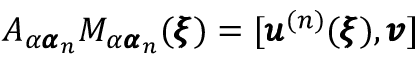
A _ { \alpha { \pmb \alpha } _ { n } } M _ { \alpha { \pmb \alpha } _ { n } } ( { \pmb \xi } ) = [ { \pmb u } ^ { ( n ) } ( { \pmb \xi } ) , { \pmb v } ]